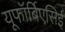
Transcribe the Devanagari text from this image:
यूफॉर्बिएसिई